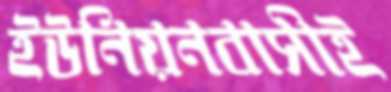
ইউনিয়নবাসীই